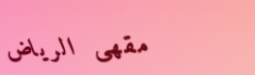
مقهى الرياض